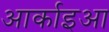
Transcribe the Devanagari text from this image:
आर्काइआ